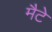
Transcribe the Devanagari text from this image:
मैटे